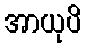
အာယုပိ